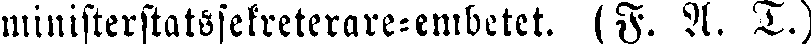
ministerstatssekreterare-embetet. (F. A. T.)